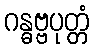
ဂန္ဓဗ္ဗပုတ္တံ